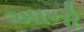
અાનો